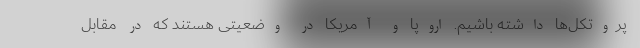
پروتکل‌ها داشته باشیم. اروپا و آمریکا در وضعیتی هستند که در مقابل